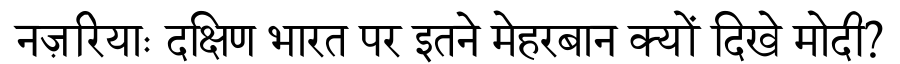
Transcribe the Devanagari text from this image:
नज़रियाः दक्षिण भारत पर इतने मेहरबान क्यों दिखे मोदी?